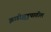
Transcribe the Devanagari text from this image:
झाडीझुडुपातील